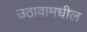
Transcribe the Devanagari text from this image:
उठावामधील